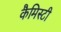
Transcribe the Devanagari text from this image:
कैमिस्टी